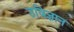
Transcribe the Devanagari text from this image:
उविज्ञान